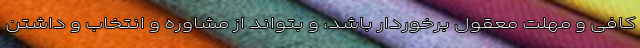
کافی و مهلت معقول برخوردار باشد، و بتواند از مشاوره و انتخاب و داشتن